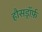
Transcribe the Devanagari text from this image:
हौसड्रॉर्फ़